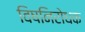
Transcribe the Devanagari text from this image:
विषनिरोधक